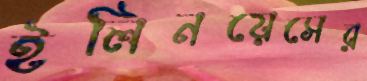
ইলিনয়েসের